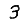
Digit: 3